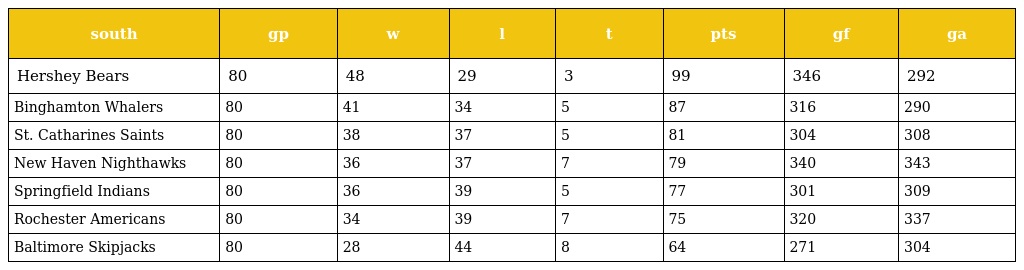
| south | gp | w | l | t | pts | gf | ga |
 | --- | --- | --- | --- | --- | --- | --- | --- |
 | Hershey Bears | 80 | 48 | 29 | 3 | 99 | 346 | 292 |
 | Binghamton Whalers | 80 | 41 | 34 | 5 | 87 | 316 | 290 |
 | St. Catharines Saints | 80 | 38 | 37 | 5 | 81 | 304 | 308 |
 | New Haven Nighthawks | 80 | 36 | 37 | 7 | 79 | 340 | 343 |
 | Springfield Indians | 80 | 36 | 39 | 5 | 77 | 301 | 309 |
 | Rochester Americans | 80 | 34 | 39 | 7 | 75 | 320 | 337 |
 | Baltimore Skipjacks | 80 | 28 | 44 | 8 | 64 | 271 | 304 |